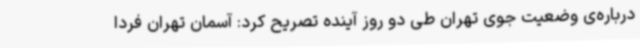
درباره‌ی وضعیت جوی تهران طی دو روز آینده تصریح کرد: آسمان تهران فردا